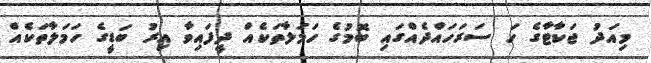
މިއަދު ޖަކާޓާގެ ހަ ސަރަހައްދެއްގައި ބޮމުގެ ހަމަލާތަކެއް ދީފައިވާ އިރު ބަޑީގެ ހަމަލާތަކެއް